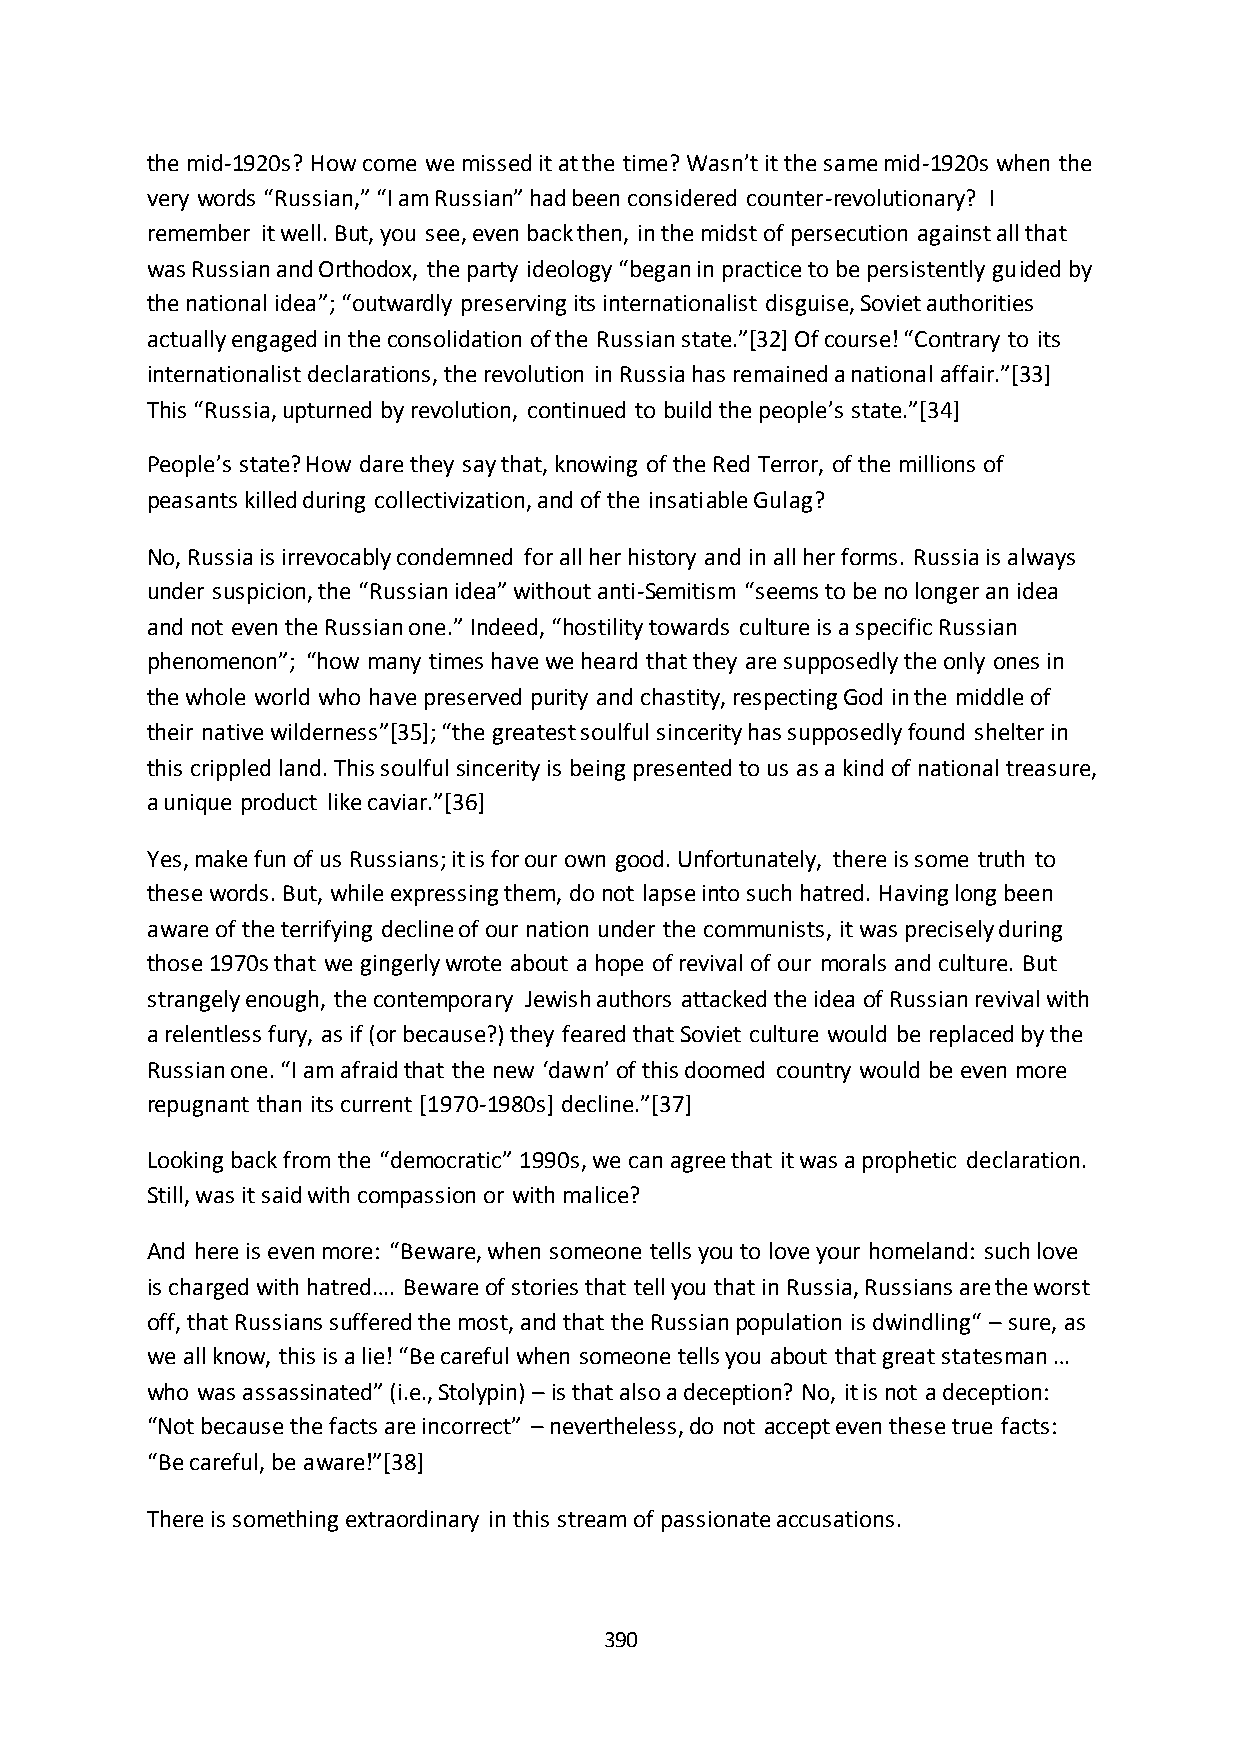
the mid-1920s? How come we missed it at the time? Wasn’t it the same mid-1920s when the
 very words “Russian,” “I am Russian” had been considered counter-revolutionary? I
 remember it well. But, you see, even back then, in the midst of persecution against all that
 was Russian and Orthodox, the party ideology “began in practice to be persistently guided by
 the national idea”; “outwardly preserving its internationalist disguise, Soviet authorities
 actually engaged in the consolidation of the Russian state.”*32+ Of course! “Contrary to its
 internationalist declarations, the revolution in Russia has remained a national affair.”*33+
 This “Russia, upturned by revolution, continued to build the people’s state.”*34+
 People’s state? How dare they say that, knowing of the Red Terror, of the millions of
 peasants killed during collectivization, and of the insatiable Gulag?
 No, Russia is irrevocably condemned for all her history and in all her forms. Russia is always
 under suspicion, the “Russian idea” without anti-Semitism “seems to be no longer an idea
 and not even the Russian one.” Indeed, “hostility towards culture is a specific Russian
 phenomenon”; “how many times have we heard that they are supposedly the only ones in
 the whole world who have preserved purity and chastity, respecting God in the middle of
 their native wilderness”*35+; “the greatest soulful sincerity has supposedly found shelter in
 this crippled land. This soulful sincerity is being presented to us as a kind of national treasure,
 a unique product like caviar.”*36+
 Yes, make fun of us Russians; it is for our own good. Unfortunately, there is some truth to
 these words. But, while expressing them, do not lapse into such hatred. Having long been
 aware of the terrifying decline of our nation under the communists, it was precisely during
 those 1970s that we gingerly wrote about a hope of revival of our morals and culture. But
 strangely enough, the contemporary Jewish authors attacked the idea of Russian revival with
 a relentless fury, as if (or because?) they feared that Soviet culture would be replaced by the
 Russian one. “I am afraid that the new ‘dawn’ of this doomed country would be even more
 repugnant than its current [1970-1980s+ decline.”*37+
 Looking back from the “democratic” 1990s, we can agree that it was a prophetic declaration.
 Still, was it said with compassion or with malice?
 And here is even more: “Beware, when someone tells you to love your homeland: such love
 is charged with hatred…. Beware of stories that tell you that in Russia, Russians are the worst
 off, that Russians suffered the most, and that the Russian population is dwindling“ – sure, as
 we all know, this is a lie! “Be careful when someone tells you about that great statesman …
 who was assassinated” (i.e., Stolypin) – is that also a deception? No, it is not a deception:
 “Not because the facts are incorrect” – nevertheless, do not accept even these true facts:
 “Be careful, be aware!”*38+
 There is something extraordinary in this stream of passionate accusations.
 390